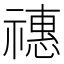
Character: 𥛸